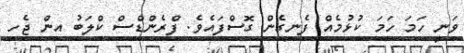
ވަނީ ހަމަ ހަމަ ކުޅުމެއް ފެނިގެން ގޮސްފައެވެ. ފްރެންޑްސް ކްލަބު އިން ޖެހި